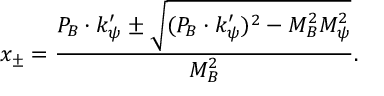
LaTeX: x _ { \pm } = \frac { P _ { B } \cdot k _ { \psi } ^ { \prime } \pm \sqrt { ( P _ { B } \cdot k _ { \psi } ^ { \prime } ) ^ { 2 } - M _ { B } ^ { 2 } M _ { \psi } ^ { 2 } } } { M _ { B } ^ { 2 } } .